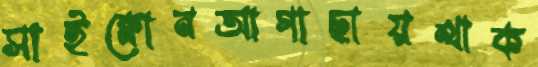
সাইক্লোনআগাছায়থাক